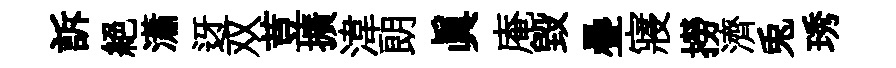
訴絕瀟迓双荳擴湋朗眞庵毀疊寢撈濟兎琇